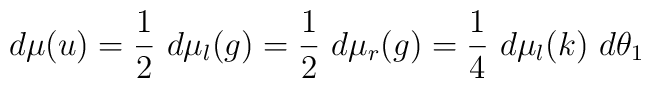
d \mu (u) = \frac{1}{2} ~d \mu _l (g) =   \frac{1}{2} ~d \mu _r (g) =     \frac{1}{4} ~d \mu _l (k) ~d \theta _1